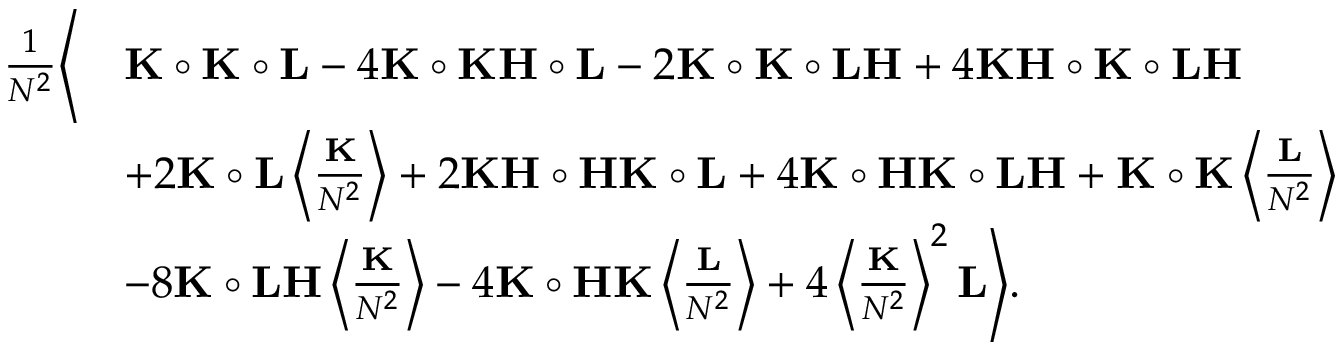
\begin{array} { r l } { \frac { 1 } { N ^ { 2 } } \Bigg \langle } & { \mathbf K \circ \mathbf K \circ \mathbf L - 4 \mathbf K \circ \mathbf K \mathbf H \circ \mathbf L - 2 \mathbf K \circ \mathbf K \circ \mathbf L \mathbf H + 4 \mathbf K \mathbf H \circ \mathbf K \circ \mathbf L \mathbf H } \\ & { + 2 \mathbf K \circ \mathbf L \left\langle \frac { \mathbf K } { N ^ { 2 } } \right\rangle + 2 \mathbf K \mathbf H \circ \mathbf H \mathbf K \circ \mathbf L + 4 \mathbf K \circ \mathbf H \mathbf K \circ \mathbf L \mathbf H + \mathbf K \circ \mathbf K \left\langle \frac { \mathbf L } { N ^ { 2 } } \right\rangle } \\ & { - 8 \mathbf K \circ \mathbf L \mathbf H \left\langle \frac { \mathbf K } { N ^ { 2 } } \right\rangle - 4 \mathbf K \circ \mathbf H \mathbf K \left\langle \frac { \mathbf L } { N ^ { 2 } } \right\rangle + 4 \left\langle \frac { \mathbf K } { N ^ { 2 } } \right\rangle ^ { 2 } \mathbf L \Bigg \rangle . } \end{array}